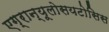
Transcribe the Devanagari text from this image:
एग्रान्यूलोसयटोसिस